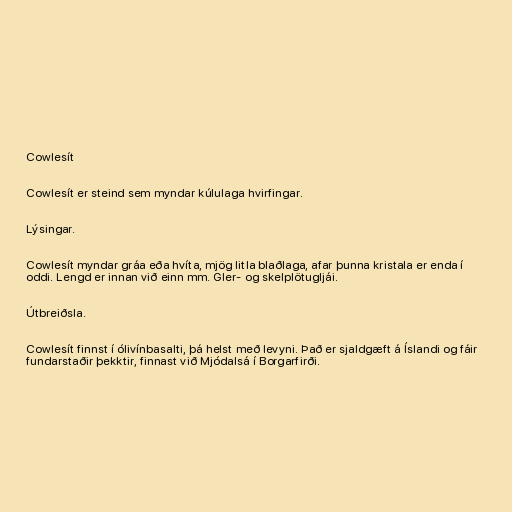
Cowlesít

Cowlesít er steind sem myndar kúlulaga hvirfingar.

Lýsingar.

Cowlesít myndar gráa eða hvíta, mjög litla blaðlaga, afar þunna kristala er enda í
oddi. Lengd er innan við einn mm. Gler- og skelplötugljái.

Útbreiðsla.

Cowlesít finnst í ólivínbasalti, þá helst með levyni. Það er sjaldgæft á Íslandi og fáir
fundarstaðir þekktir, finnast við Mjódalsá í Borgarfirði.